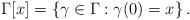
LaTeX: \begin{align*}\Gamma[x]=\left\{ \gamma\in\Gamma :\gamma(0)=x\right\}.\end{align*}